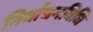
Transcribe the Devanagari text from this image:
निर्वाचनविधि